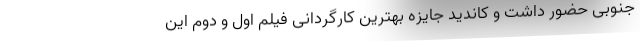
جنوبی حضور داشت و کاندید جایزه بهترین کارگردانی فیلم اول و دوم این